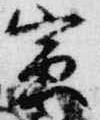
寅